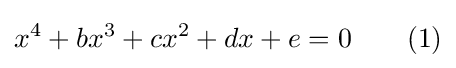
x^{4}+bx^{3}+cx^{2}+dx+e=0\qquad (1)